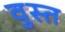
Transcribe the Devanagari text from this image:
वुस्त